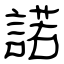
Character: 諾